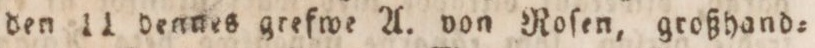
den 11 dennes grefwe A. von Roſen, großhand=